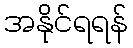
အနိုင်ရရန်